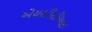
એચસીસીઆઇ